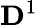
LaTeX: \mathbf{D}^{1}